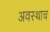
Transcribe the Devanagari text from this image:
अवस्थाच